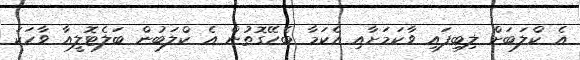
އެ ކްލަބަށް ލިބިފައި ވާކަމަށާއި އެކަމާ ބެހޭގޮތުން އެ ކްލަބުން ބަލެޓޮލީއާ ވާހަކަ